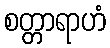
စတ္တာရာဟံ